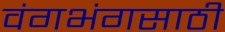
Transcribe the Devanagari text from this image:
वंगभंगसाठी